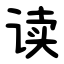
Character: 读